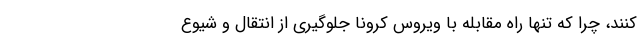
کنند، چرا که تنها راه مقابله با ویروس کرونا جلوگیری از انتقال و شیوع